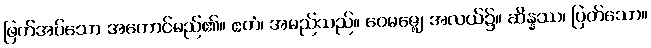
ဖြတ်အပ်သော အကောင်မည်၏။ ဧတံ၊ အမည်သည်။ ဝေမဇ္ဈေ၊ အလယ်၌။ ဆိန္နဿ၊ ပြတ်သော။